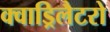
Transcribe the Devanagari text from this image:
क्वाड्रिलैटरो